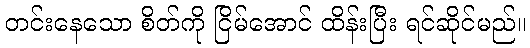
တင်းနေသော စိတ်ကို ငြိမ်အောင် ထိန်းပြီး ရင်ဆိုင်မည်။